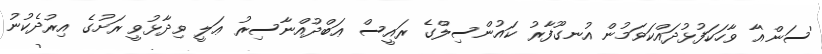
'ސަން'އާ ވާހަކަފުޅުދައްކަވަމުން އުނގޫފާރު ކައުންސިލްގެ ރައީސް ޢަބްދުއްނާސިރު ޢަލީ ވިދާޅުވީ ރަށުގެ އިރުދެކުނު